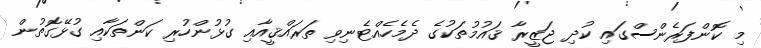
މި ކޮންފަރެންސްގައި ކުދި ޖަޒީރާ ޤައުމުތަކުގެ ދެމެހެއްޓެނިވި ތަރައްޤީއާއި ގުޅުންހުރި ކަންތަކާއި ގުޅޭގޮތުން